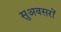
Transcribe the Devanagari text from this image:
सुअवसरों